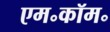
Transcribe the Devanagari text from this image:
एम॰कॉम॰